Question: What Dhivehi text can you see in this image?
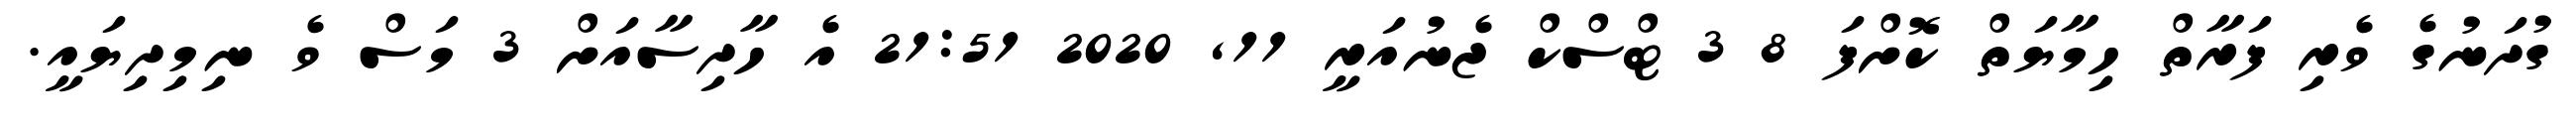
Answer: ގުދަނުގެ ވެރި ފަރާތް ހިމާޔަތް ކޮށްފަ 8 3 ޓްސްކް ޖެނުއަރީ 11, 2020 21:51 އެ ހާދިސާއަށް 3 މަސް ވެ ނިމިދިޔައީ.